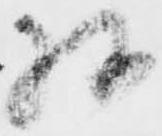
様